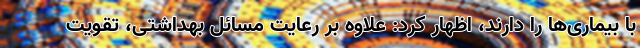
با بیماری‌ها را دارند، اظهار کرد: علاوه بر رعایت مسائل بهداشتی، تقویت